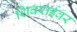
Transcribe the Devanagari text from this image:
शिवराईवर